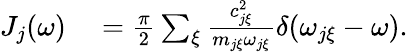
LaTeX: \begin{array}{rl}{J_{j}(\omega)}&{{}=\frac{\pi}{2}\sum_{\xi}\frac{c_{j\xi}^{2}}{m_{j\xi}\omega_{j\xi}}\delta(\omega_{j\xi}-\omega).}\end{array}